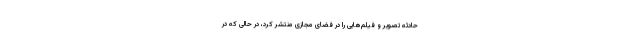
حادثه تصویر و فیلم‌هایی را در فضای مجازی منتشر کرد، در حالی که در